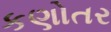
કણોતર